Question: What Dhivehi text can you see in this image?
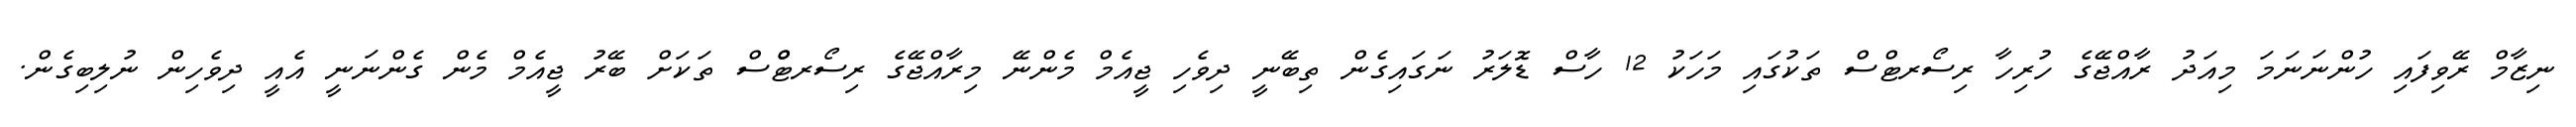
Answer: ނިޒާމް ރޭވިފައި ހުންނަނަމަ މިއަދު ރާއްޖޭގެ ހުރިހާ ރިސޯރޓްސް ތަކުގައި މަހަކު 12 ހާސް ޑޮލަރު ނަގައިގެން ތިބޭނީ ދިވެހި ޖީއެމް މެންނޭ މިރާއްޖޭގެ ރިސޯރޓްްސް ތަކަށް ބޭރު ޖީއެމް މެން ގެންނަނީ އެއީ ދިވެހިން ނުލިބިގެން.